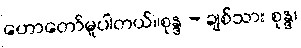
ဟောတော်မူပါတယ်။စုန္ဒ - ချစ်သား စုန္ဒ၊